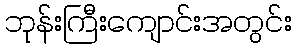
ဘုန်းကြီးကျောင်းအတွင်း